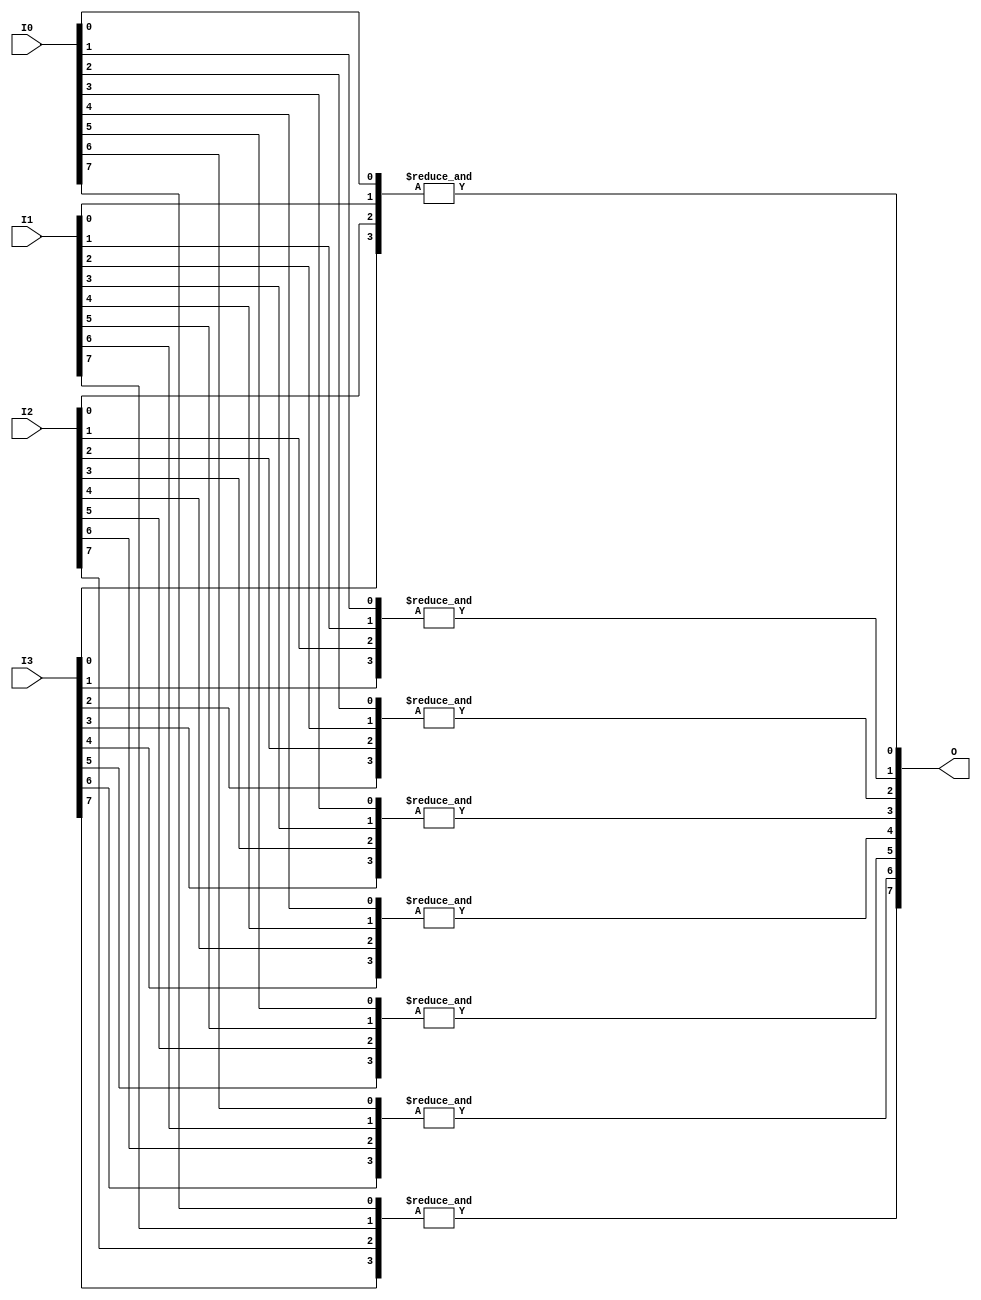
module And4x8 (
    input [7:0] I0,
    input [7:0] I1,
    input [7:0] I2,
    input [7:0] I3,
    output [7:0] O
);
assign O = {& ({I3[7],I2[7],I1[7],I0[7]}),& ({I3[6],I2[6],I1[6],I0[6]}),& ({I3[5],I2[5],I1[5],I0[5]}),& ({I3[4],I2[4],I1[4],I0[4]}),& ({I3[3],I2[3],I1[3],I0[3]}),& ({I3[2],I2[2],I1[2],I0[2]}),& ({I3[1],I2[1],I1[1],I0[1]}),& ({I3[0],I2[0],I1[0],I0[0]})};
endmodule